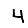
Digit: 4